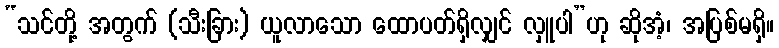
“သင်တို့ အတွက် (သီးခြား) ယူလာသော ထောပတ်ရှိလျှင် လှူပါ”ဟု ဆိုအံ့၊ အပြစ်မရှိ။